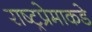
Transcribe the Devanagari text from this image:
राष्ट्रप्रेमाकडे